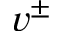
v ^ { \pm }